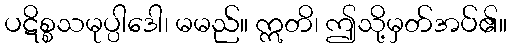
ပဋိစ္စသမုပ္ပါဒေါ၊ မမည်။ ဣတိ၊ ဤသို့မှတ်အပ်၏။